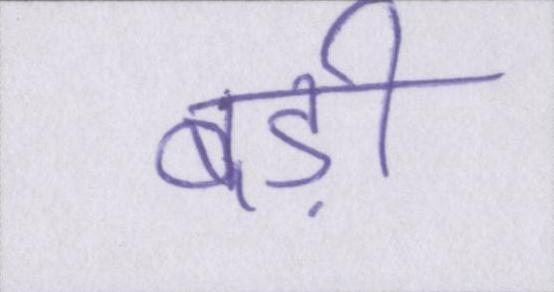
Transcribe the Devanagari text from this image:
बड़ी